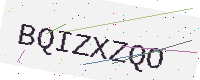
Text: BQIZXZQO